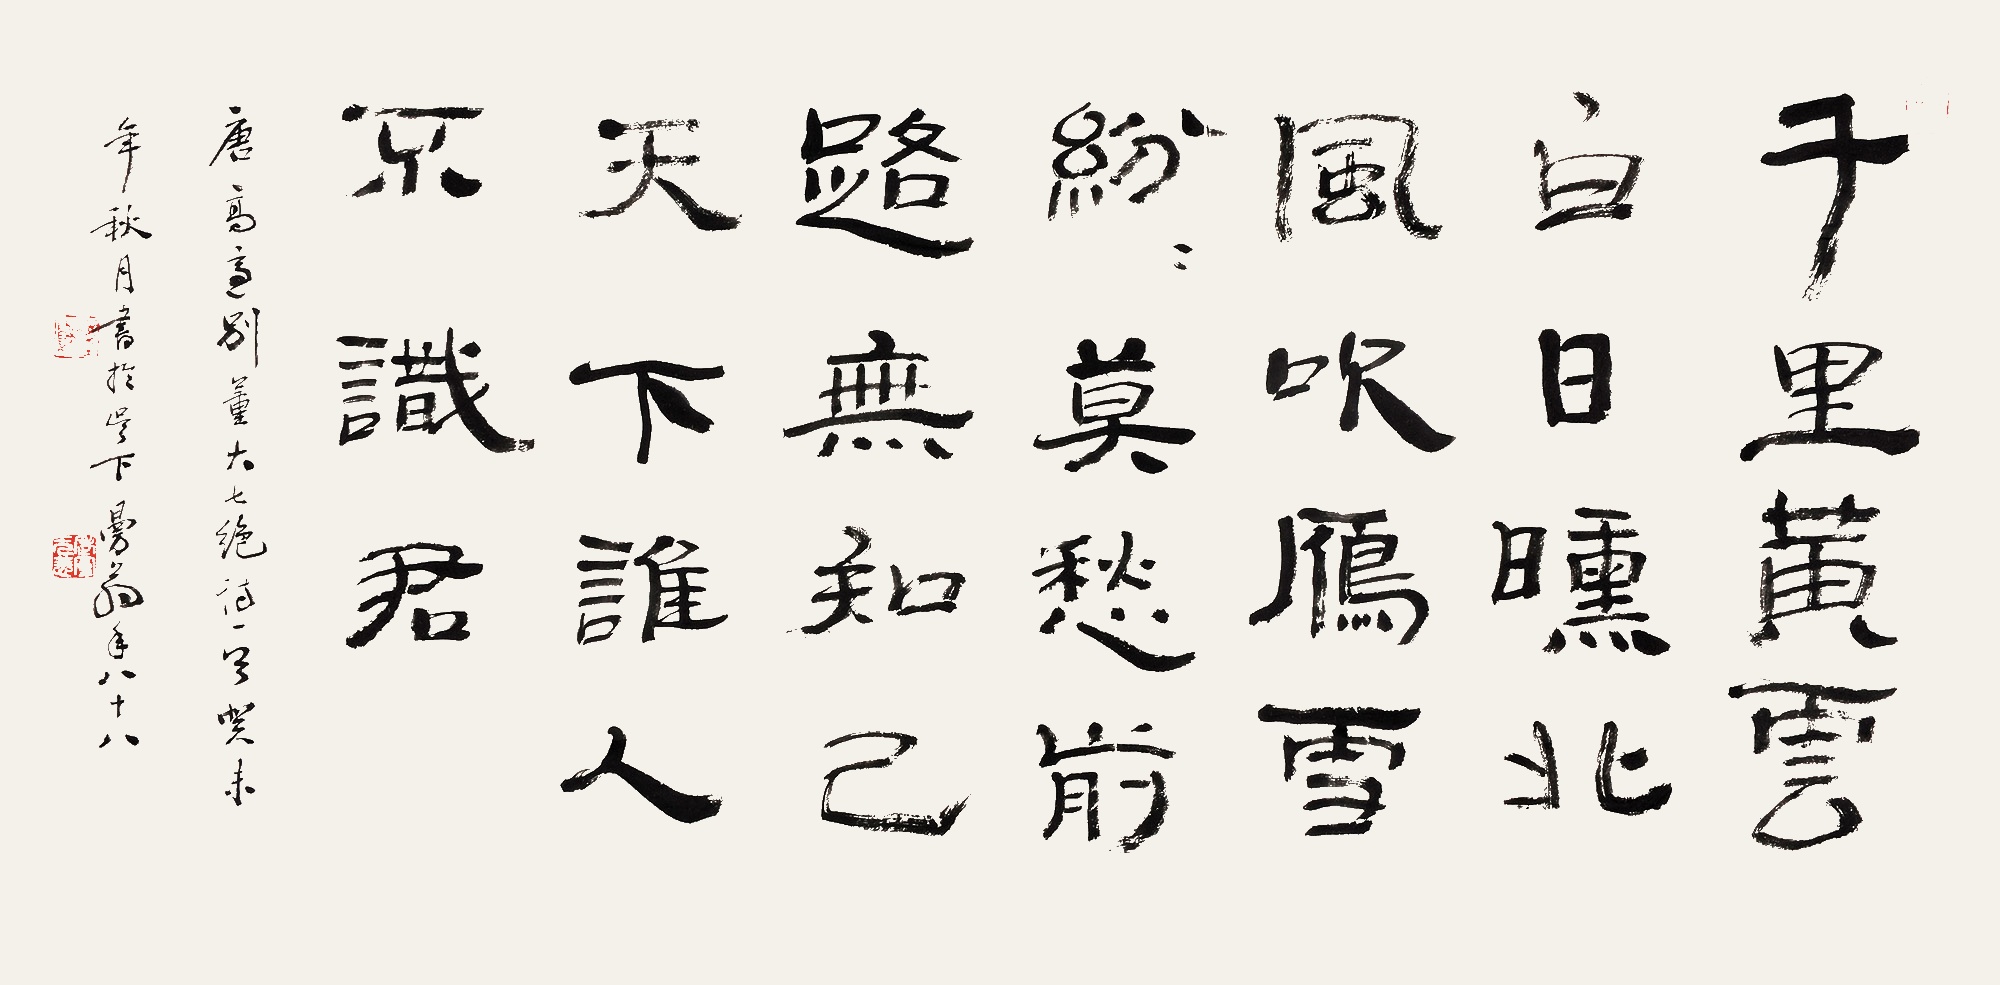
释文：千里黄云白日曛，北风吹雁雪纷纷。莫愁前路无知己，天下谁人不识君。唐高适《别董大》七绝诗一首，癸未年秋月，书于吴下。曼翁年八十八。